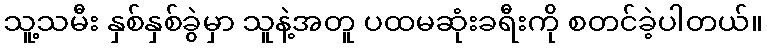
သူ့သမီး နှစ်နှစ်ခွဲမှာ သူနဲ့အတူ ပထမဆုံးခရီးကို စတင်ခဲ့ပါတယ်။